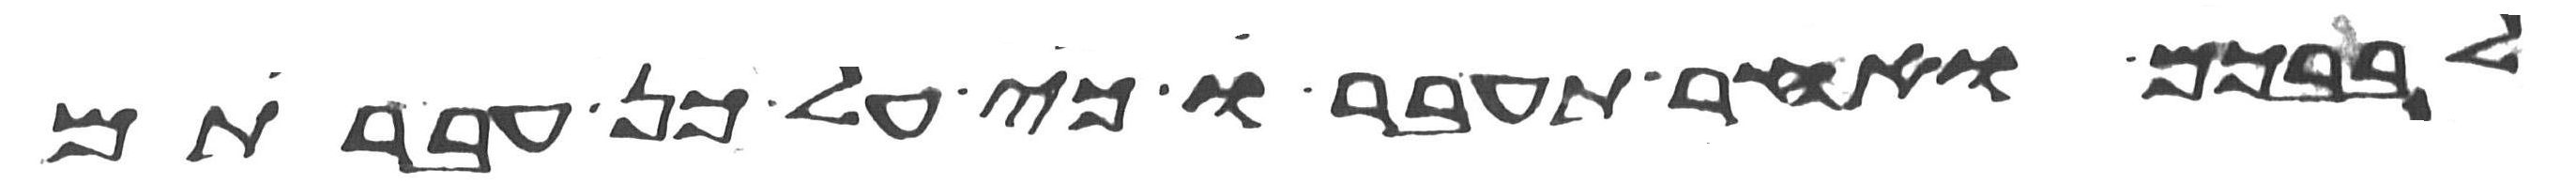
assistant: לבבכם ואחר תעברו כי על כן עברתם